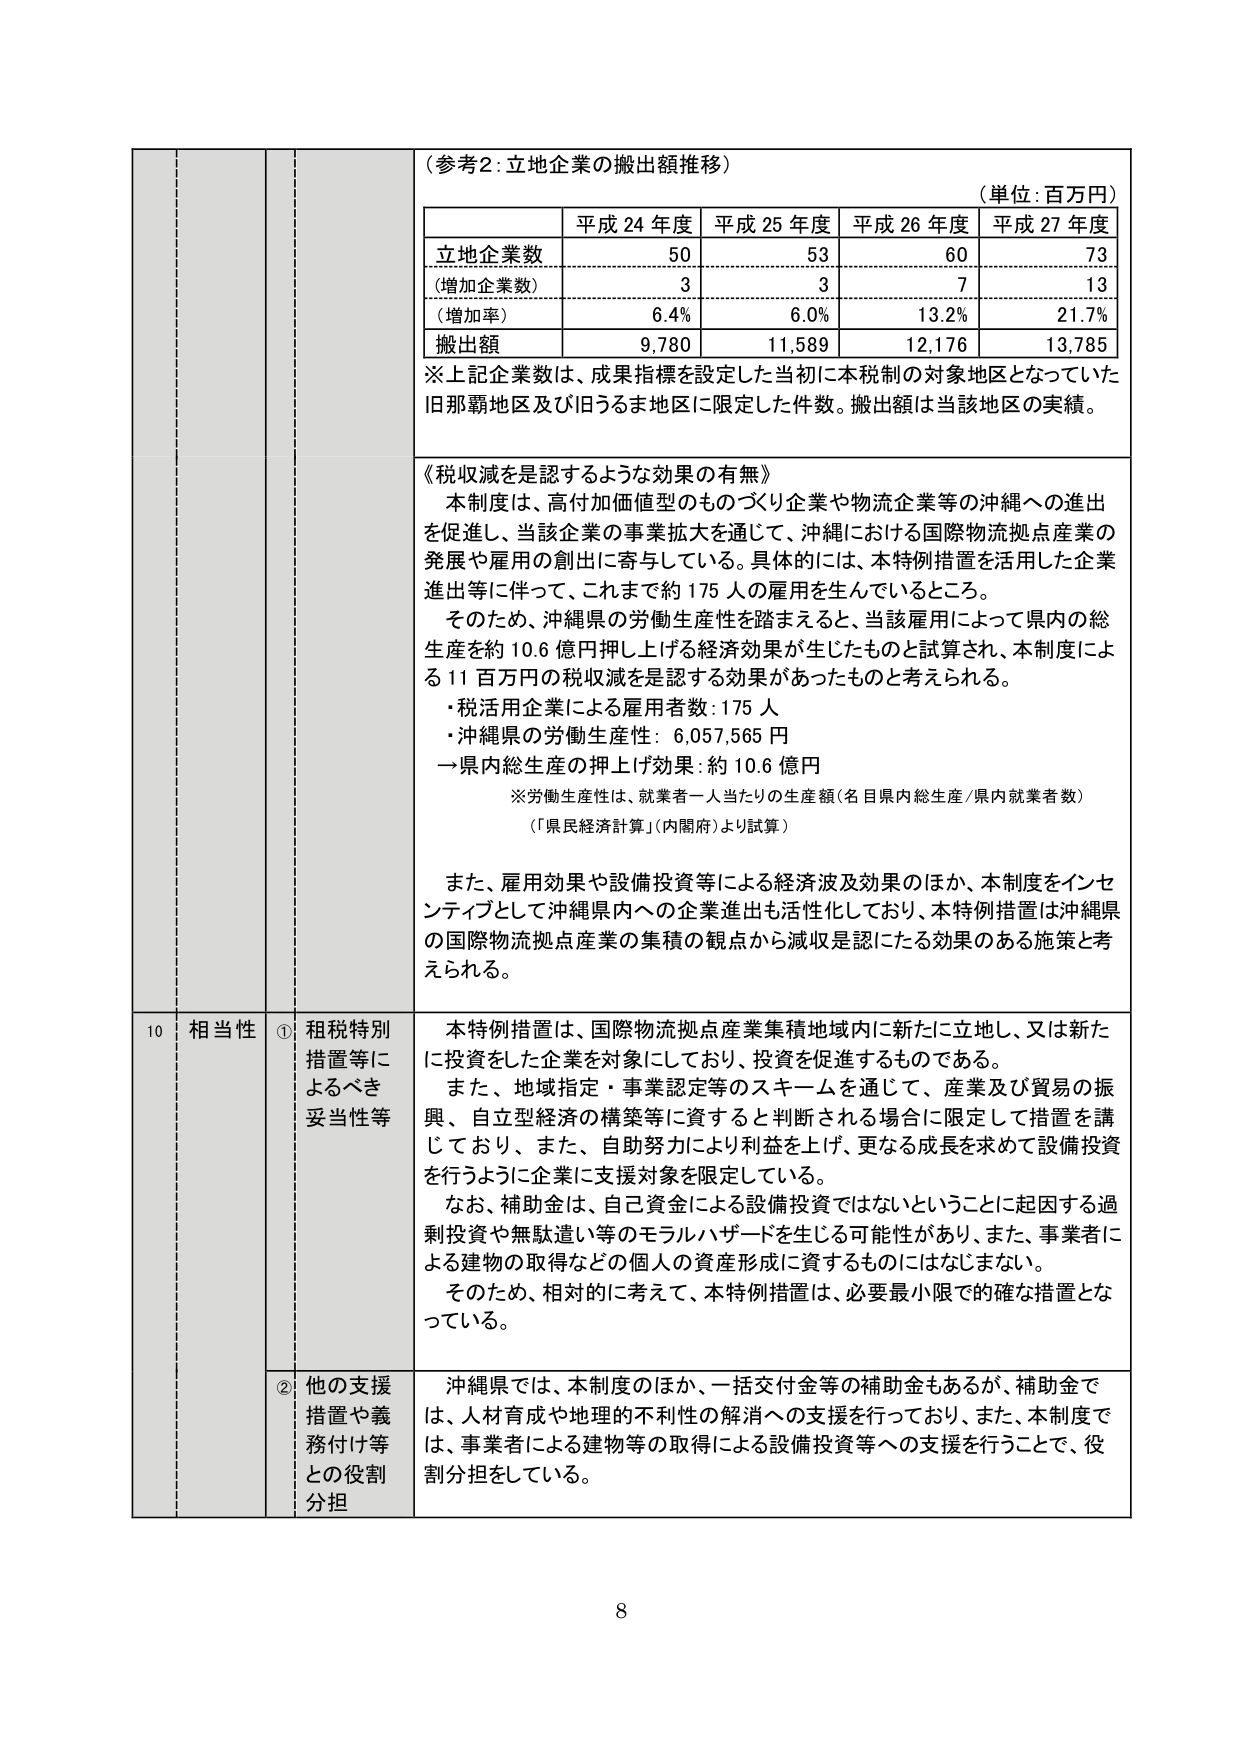
（参考2：立地企業の搬出額推移）

（単位：百万円）

| | 平成24年度 | 平成25年度 | 平成26年度 | 平成27年度 |
|---|---|---|---|---|
| 立地企業数 | 50 | 53 | 60 | 73 |
| （増加企業数） | 3 | 3 | 7 | 13 |
| （増加率） | 6.4% | 6.0% | 13.2% | 21.7% |
| 搬出額 | 9,780 | 11,589 | 12,176 | 13,785 |

※上記企業数は、成果指標を設定した当初に本税制の対象地区となっていた旧那覇地区及び旧うるま地区に限定した件数。搬出額は当該地区の実績。

《税収減を是認するような効果の有無》

本制度は、高付加価値型のものづくり企業や物流企業等の沖縄への進出を促進し、当該企業の事業拡大を通じて、沖縄における国際物流拠点産業の発展や雇用の創出に寄与している。具体的には、本特例措置を活用した企業進出等に伴って、これまで約175人の雇用を生んでいるところ。

そのため、沖縄県の労働生産性を踏まえると、当該雇用によって県内の総生産を約10.6億円押し上げる経済効果が生じたものと試算され、本制度による11百万円の税収減を是認する効果があったものと考えられる。

・税活用企業による雇用者数：175人
・沖縄県の労働生産性：6,057,565円
→県内総生産の押上げ効果：約10.6億円

※労働生産性は、就業者一人当たりの生産額（名目県内総生産／県内就業者数）
（「県民経済計算」（内閣府）より試算）

また、雇用効果や設備投資等による経済波及効果のほか、本制度をインセンティブとして沖縄県内への企業進出も活性化しており、本特例措置は沖縄県の国際物流拠点産業の集積の観点から減収を認じたる効果のある施策と考えられる。

10 相当性

① 租税特別措置等によるべき妥当性等

本特例措置は、国際物流拠点産業集積地域内に新たに立地し、又は新たに投資をした企業を対象にしており、投資を促進するものである。
また、地域指定・事業認定等のスキームを通じて、産業及び貿易の振興、自立型経済の構築等に資すると判断される場合に限定して措置を講じており、また、自助努力により利益を上げ、更なる成長を求めて設備投資を行うように企業に支援対象を限定している。
なお、補助金は、自己資金による設備投資ではないということに起因する過剰投資や無駄遣い等のモラルハザードを生じる可能性があり、また、事業者による建物の取得などの個人の資産形成に資するものにはなじまない。
そのため、相対的に考えて、本特例措置は、必要最小限での確な措置となっている。

② 他の支援措置や義務付け等との役割分担

沖縄県では、本制度のほか、一括交付金等の補助金もあるが、補助金では、人材育成や地理的不利性の解消への支援を行っており、また、本制度では、事業者による建物等の取得による設備投資等への支援を行うことで、役割分担をしている。

8